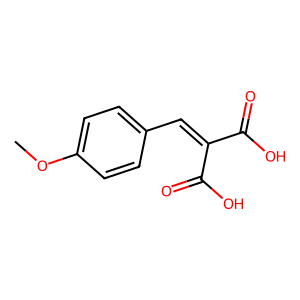
SMILES: COc1ccc(C=C(C(=O)O)C(=O)O)cc1
Inhibits HIV replication: No